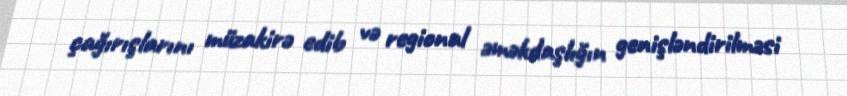
çağırışlarını müzakirə edib və regional əməkdaşlığın genişləndirilməsi